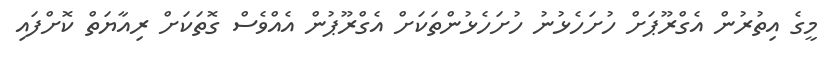
މީގެ އިތުރުން އެގްރޫޕަށް ހުށަހެޅުނު ހުށަހެޅުންތަކަށް އެގްރޫޕުން އެއްވެސް ގޮތަކަށް ރިއާޔަތް ކޮށްފައި